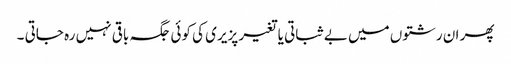
پھر ان رشتوں میں بے ثباتی یا تغیر پزیری کی کوئی جگہ باقی نہیں رہ جاتی ۔